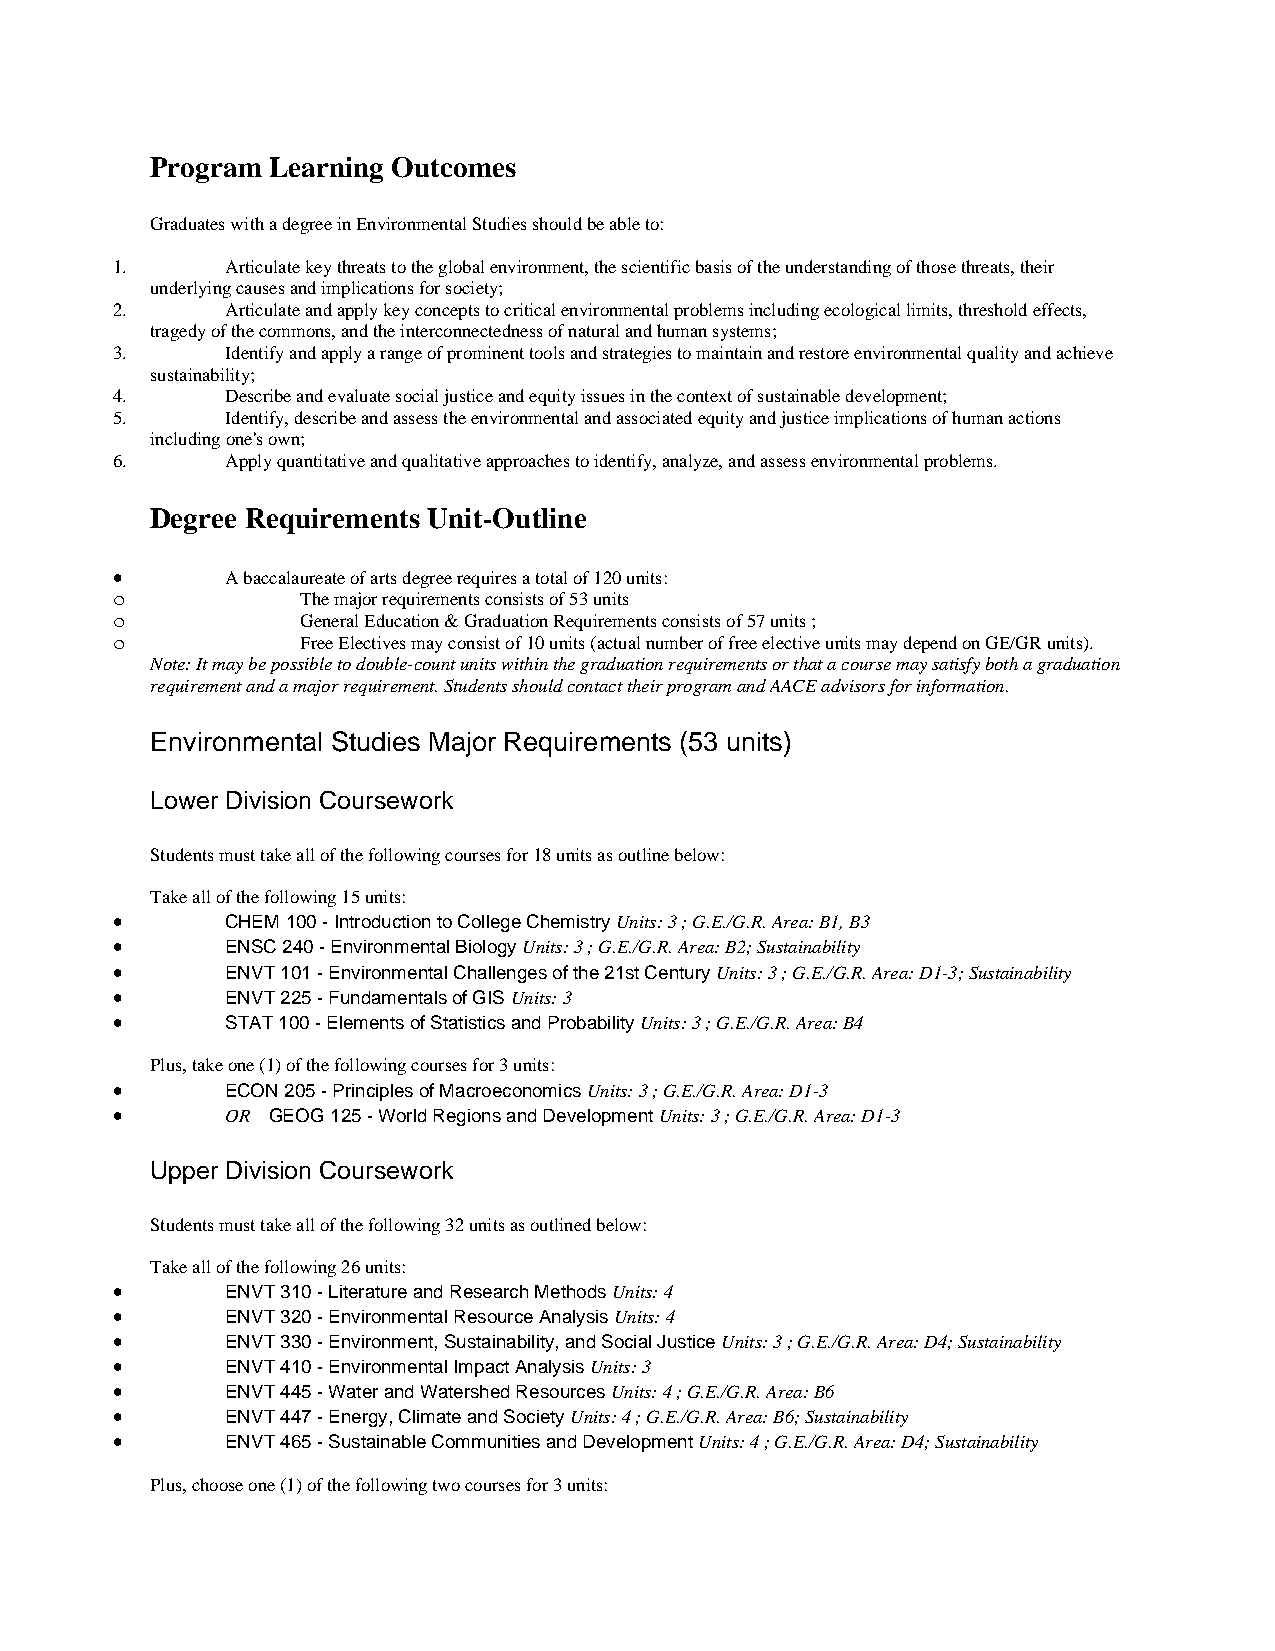
Program Learning Outcomes
 Graduates with a degree in Environmental Studies should be able to:
 1.      Articulate key threats to the global environment, the scientific basis of the understanding of those threats, their
 underlying causes and implications for society;
 2.      Articulate and apply key concepts to critical environmental problems including ecological limits, threshold effects,
 tragedy of the commons, and the interconnectedness of natural and human systems;
 3.      Identify and apply a range of prominent tools and strategies to maintain and restore environmental quality and achieve
 sustainability;
 4.      Describe and evaluate social justice and equity issues in the context of sustainable development;
 5.      Identify, describe and assess the environmental and associated equity and justice implications of human actions
 including one's own;
 6.      Apply quantitative and qualitative approaches to identify, analyze, and assess environmental problems.
 Degree Requirements Unit-Outline
 •       A baccalaureate of arts degree requires a total of 120 units:
 o            The major requirements consists of 53 units
 o            General Education & Graduation Requirements consists of 57 units ;
 o            Free Electives may consist of 10 units (actual number of free elective units may depend on GE/GR units).
 Note: It may be possible to double-count units within the graduation requirements or that a course may satisfy both a graduation
 requirement and a major requirement. Students should contact their program and AACE advisors for information.
 Environmental Studies Major Requirements (53 units)
 Lower Division Coursework
 Students must take all of the following courses for 18 units as outline below:
 Take all of the following 15 units:
 •       CHEM 100 - Introduction to College Chemistry Units: 3 ; G.E./G.R. Area: B1, B3
 •       ENSC 240 - Environmental Biology Units: 3 ; G.E./G.R. Area: B2; Sustainability
 •       ENVT 101 - Environmental Challenges of the 21st Century Units: 3 ; G.E./G.R. Area: D1-3; Sustainability
 •       ENVT 225 - Fundamentals of GIS Units: 3
 •       STAT 100 - Elements of Statistics and Probability Units: 3 ; G.E./G.R. Area: B4
 Plus, take one (1) of the following courses for 3 units:
 •       ECON 205 - Principles of Macroeconomics Units: 3 ; G.E./G.R. Area: D1-3
 •       OR GEOG 125 - World Regions and Development Units: 3 ; G.E./G.R. Area: D1-3
 Upper Division Coursework
 Students must take all of the following 32 units as outlined below:
 Take all of the following 26 units:
 •       ENVT 310 - Literature and Research Methods Units: 4
 •       ENVT 320 - Environmental Resource Analysis Units: 4
 •       ENVT 330 - Environment, Sustainability, and Social Justice Units: 3 ; G.E./G.R. Area: D4; Sustainability
 •       ENVT 410 - Environmental Impact Analysis Units: 3
 •       ENVT 445 - Water and Watershed Resources Units: 4 ; G.E./G.R. Area: B6
 •       ENVT 447 - Energy, Climate and Society Units: 4 ; G.E./G.R. Area: B6; Sustainability
 •       ENVT 465 - Sustainable Communities and Development Units: 4 ; G.E./G.R. Area: D4; Sustainability
 Plus, choose one (1) of the following two courses for 3 units: